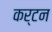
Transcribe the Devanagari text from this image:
कर्टन